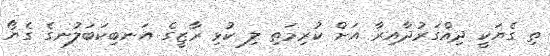
ތި ގެޔަކީ ދިއްގަރުދާއިރާ އަށް ކުރިމަތި ލި ކުޅި ރާޒީގެ އަނބިކަބަލުނގެ ގެޔޯ